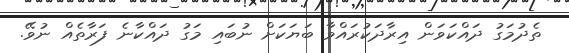
ތެދުމަގު ދައްކަވަން އިރާދަކުރައްވާ ބަޔަކަށް ނުބައި މަގު ދައްކާނެ ފަރާތެއް ނުވޭ.